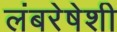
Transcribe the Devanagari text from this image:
लंबरेषेशी